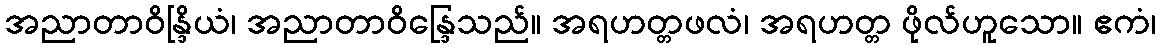
အညာတာဝိန္ဒြိယံ၊ အညာတာဝိန္ဒြေသည်။ အရဟတ္တဖလံ၊ အရဟတ္တ ဖိုလ်ဟူသော။ ဧကံ၊